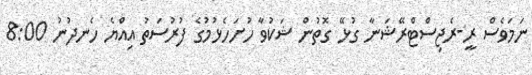
ނަމަވެސް ރީ-ރެޖިސްޓްރޭޝަނާ ގުޅޭ ގޮތުން ޝަކުވާ ހުށަހެޅުމުގެ ފުރުސަތު އިއްޔެ ހެނދުނު 8:00